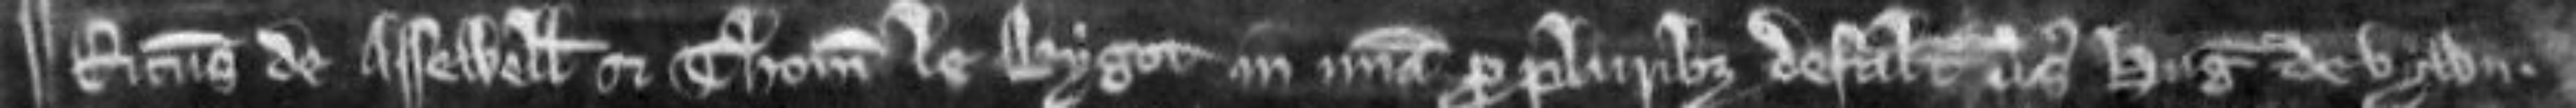
Ricardus de Assewell et Thomas le Bygot in misericordia pro pluribus defaltis versus Hugonem de Vywn.